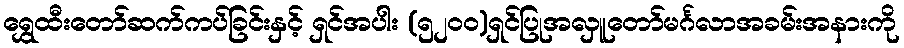
ရွှေထီးတော်ဆက်ကပ်ခြင်းနှင့် ရှင်အပါး (၅၂၀၀)ရှင်ပြုအလှူတော်မင်္ဂလာအခမ်းအနားကို